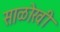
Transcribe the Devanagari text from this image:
साळोखी